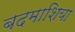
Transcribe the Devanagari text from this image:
बदमाशिया